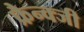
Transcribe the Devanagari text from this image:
फ्रैन्क्जी